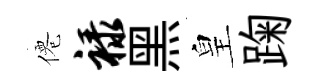
僊禄黑皇踘